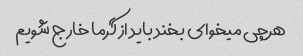
هرچی میخوای بخند باید از گرما خارج شویم